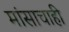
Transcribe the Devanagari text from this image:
मांसाचाही